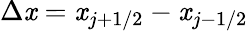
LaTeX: \Delta\mathit{x}=\mathit{x}_{j+1/2}-\mathit{x}_{j-1/2}